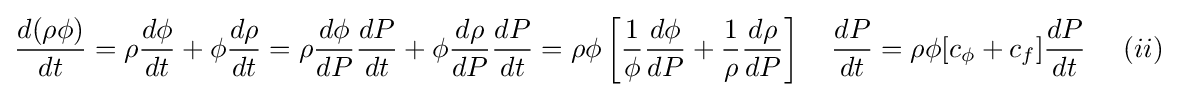
{\frac {d(\rho \phi )}{dt}}=\rho {\frac {d\phi }{dt}}+\phi {\frac {d\rho }{dt}}=\rho {\frac {d\phi }{dP}}{\frac {dP}{dt}}+\phi {\frac {d\rho }{dP}}{\frac {dP}{dt}}=\rho \phi \left[{\frac {1}{\phi }}{\frac {d\phi }{dP}}+{\frac {1}{\rho }}{\frac {d\rho }{dP}}\right]\quad {\frac {dP}{dt}}=\rho \phi [c_{\phi }+c_{f}]{\frac {dP}{dt}}~~~~(ii)